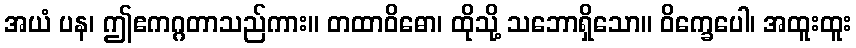
အယံ ပန၊ ဤဧကဂ္ဂတာသည်ကား။ တထာဝိဓော၊ ထိုသို့ သဘောရှိသော။ ဝိက္ခေပေါ၊ အထူးထူး